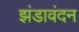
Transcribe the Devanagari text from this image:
झंडावंदन